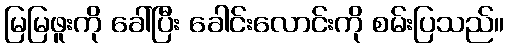
မြမြဖူးကို ခေါ်ပြီး ခေါင်းလောင်းကို စမ်းပြသည်။